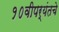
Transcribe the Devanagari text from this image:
१०वीपर्यंतचे